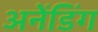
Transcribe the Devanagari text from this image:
अनेंडिंग